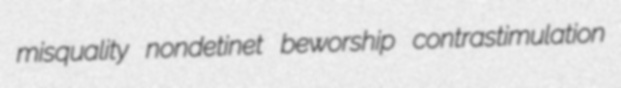
misquality nondetinet beworship contrastimulation